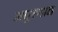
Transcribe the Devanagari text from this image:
मधुरगान